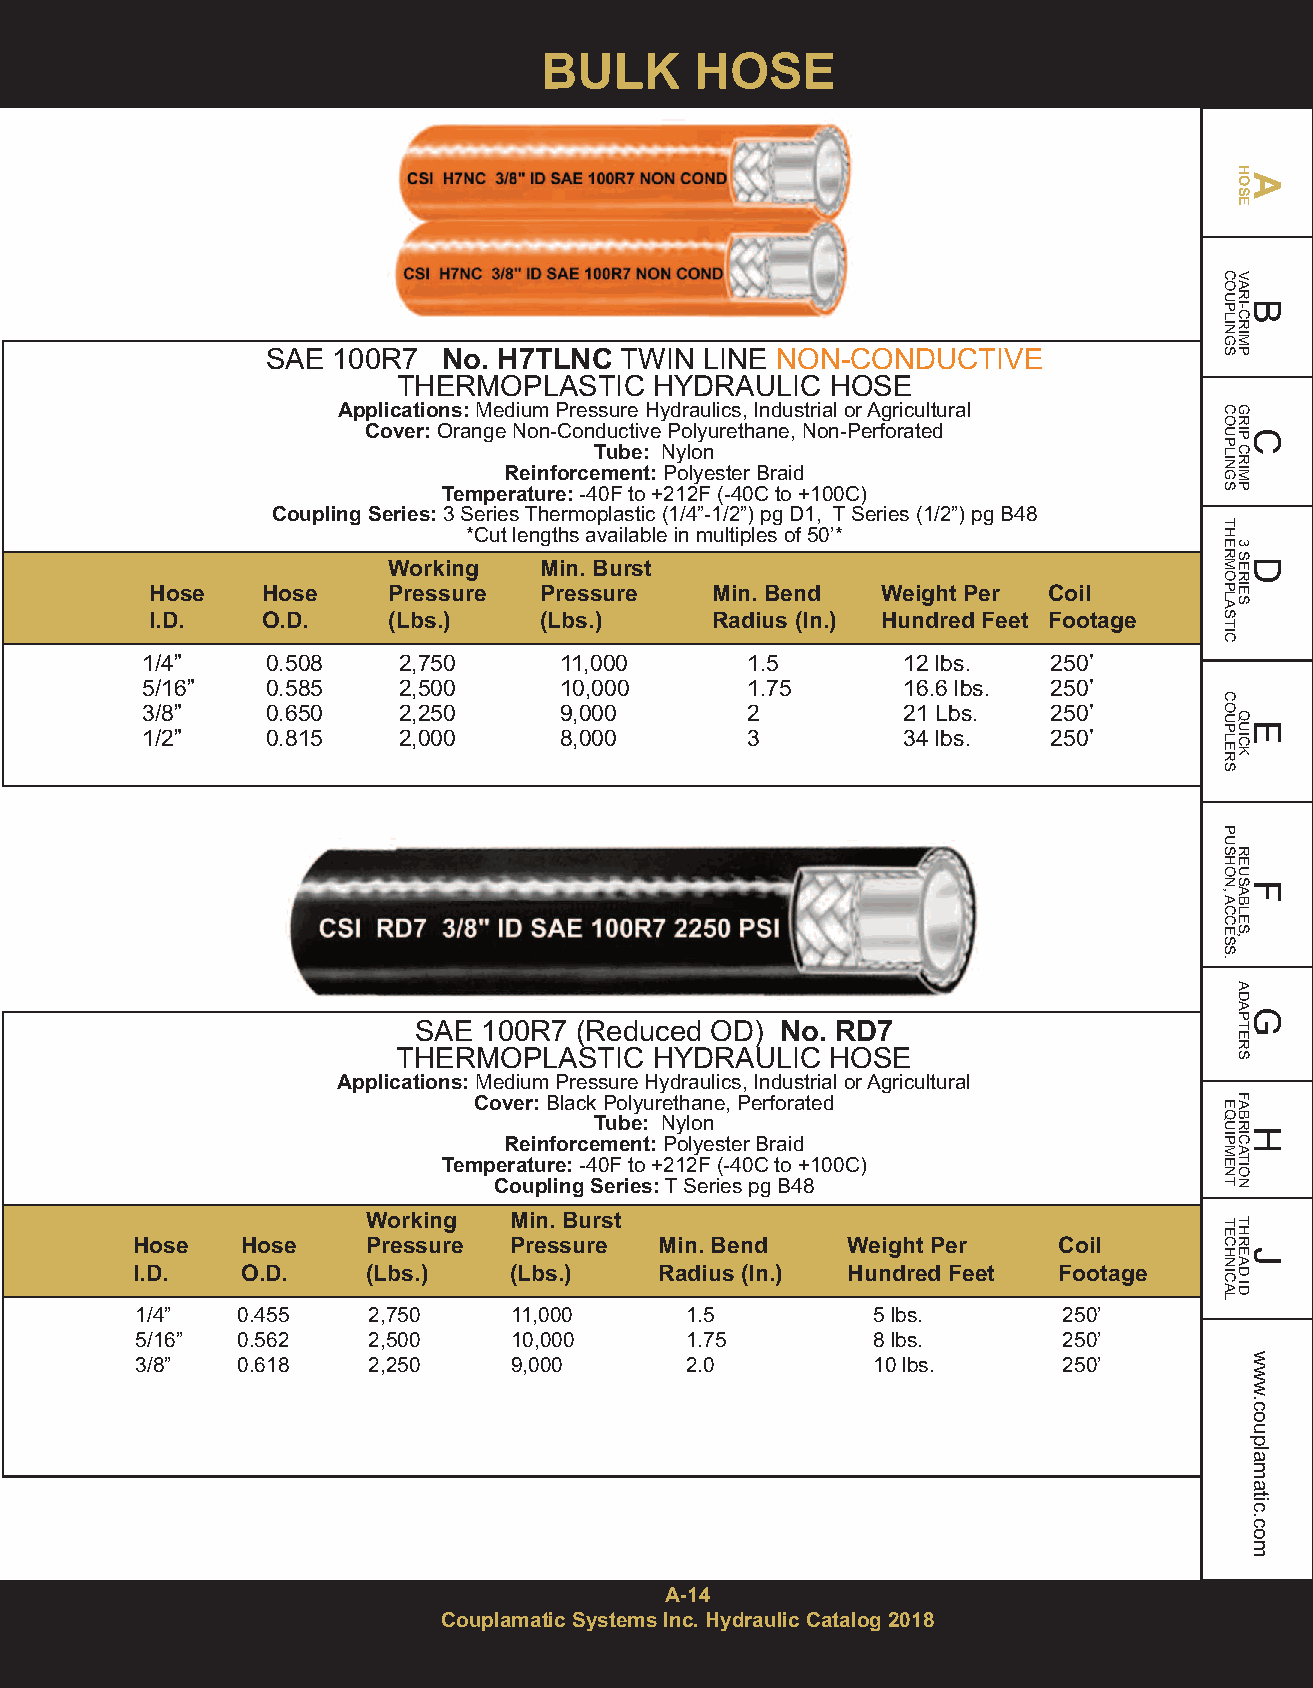
BULK      HOSE
 SAE 100R7  No. H7TLNC  TWIN  LINE NON-CONDUCTIVE
 THERMOPLASTIC    HYDRAULIC   HOSE
 Applications:Medium Pressure Hydraulics, Industrial or Agricultural
 Cover:Orange Non-Conductive Polyurethane, Non-Perforated
 Tube: Nylon
 Reinforcement:Polyester Braid
 Temperature:-40F to +212F (-40C to +100C)
 Coupling Series:3 Series Thermoplastic (1/4”-1/2”) pg D1, T Series (1/2”) pg B48
 *Cut lengths available in multiples of 50’*
 Working   Min. Burst
 Hose   Hose     Pressure  Pressure   Min. Bend  Weight Per Coil
 I.D.   O.D.     (Lbs.)    (Lbs.)     Radius (In.) Hundred Feet Footage
 1/4”     0.508   2,750      11,000      1.5        12 lbs.   250’
 5/16”    0.585   2,500      10,000      1.75       16.6 lbs. 250’
 3/8”     0.650   2,250      9,000       2          21 Lbs.   250’
 1/2”     0.815   2,000      8,000       3          34 lbs.   250’
 SAE  100R7 (Reduced OD)  No. RD7
 THERMOPLASTIC    HYDRAULIC   HOSE
 Applications:Medium Pressure Hydraulics, Industrial or Agricultural
 Cover:Black Polyurethane, Perforated
 Tube: Nylon
 Reinforcement:Polyester Braid
 Temperature:-40F to +212F (-40C to +100C)
 Coupling Series:T Series pg B48
 Working   Min. Burst
 Hose   Hose    Pressure  Pressure  Min. Bend   Weight Per    Coil
 I.D.   O.D.    (Lbs.)    (Lbs.)    Radius (In.) Hundred Feet Footage
 1/4”   0.455   2,750     11,000     1.5          5 lbs.      250’
 5/16”  0.562   2,500     10,000     1.75         8 lbs.      250’
 3/8”   0.618   2,250     9,000      2.0          10 lbs.     250’
 A-14
 Couplamatic Systems Inc. Hydraulic Catalog 2018
 COUPLINGS
 COUPLINGS
 THERMOPLASTIC
 COUPLERS
 PUSHON,ACCESS.
 EQUIPMENT
 TECHNICAL
 HAOSE
 VARBI-CRIMP
 GRICP
 CRIMP
 3
 SDERIES
 QEUICK
 REUSFABLES,
 ADAGPTERS
 FABRHICATION
 THREJAD
 ID
 www.couplamatic.com